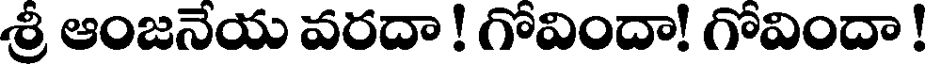
శ్రీ ఆంజనేయ వరదా ! గోవిందా! గోవిందా !